Report on the working of the Ranchi Indian Mental Hospital, Kanke, in Bihar and Orissa - 1930-1940
Year: 1930
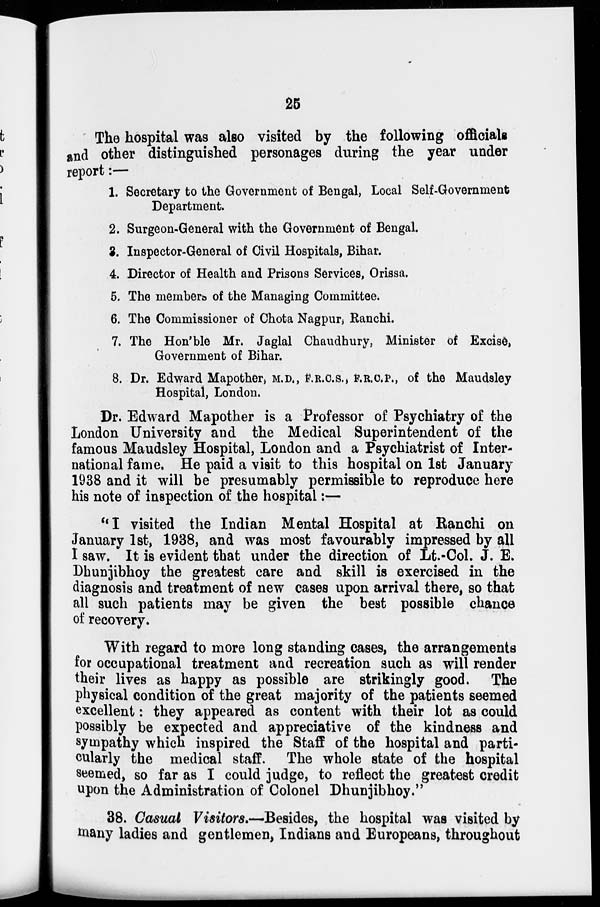
25
The hospital was also visited by the following officials
and other distinguished personages during the year under
report:—
1. Secretary to the Government of Bengal, Local Self-Government
Department.
2. Surgeon-General with the Government of Bengal.
3. Inspector-General of Civil Hospitals, Bihar.
4. Director of Health and Prisons Services, Orissa.
5. The members of the Managing Committee.
6. The Commissioner of Chota Nagpur, Ranchi.
7. The Hon'ble Mr. Jaglal Chaudhury, Minister of Excise,
Government of Bihar.
8. Dr. Edward Mapother, M.D., F.R.C.S., F.R.C.P., of the Maudsley
Hospital, London.
Dr. Edward Mapother is a Professor of Psychiatry of the
London University and the Medical Superintendent of the
famous Maudsley Hospital, London and a Psychiatrist of Inter-
national fame. He paid a visit to this hospital on 1st January
1938 and it will be presumably permissible to reproduce here
his note of inspection of the hospital:—
" I visited the Indian Mental Hospital at Ranchi on
January 1st, 1938, and was most favourably impressed by all
I saw. It is evident that under the direction of Lt.-Col. J. E.
Dhunjibhoy the greatest care and skill is exercised in the
diagnosis and treatment of new cases upon arrival there, so that
all such patients may be given the best possible chance
of recovery.
With regard to more long standing cases, the arrangements
for occupational treatment and recreation such as will render
their lives as happy as possible are strikingly good. The
physical condition of the great majority of the patients seemed
excellent: they appeared as content with their lot as could
possibly be expected and appreciative of the kindness and
sympathy which inspired the Staff of the hospital and parti-
cularly the medical staff. The whole state of the hospital
seemed, so far as I could judge, to reflect the greatest credit
upon the Administration of Colonel Dhunjibhoy."
38. Casual Visitors.—Besides, the hospital was visited by
many ladies and gentlemen, Indians and Europeans, throughout